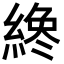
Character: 𦂯